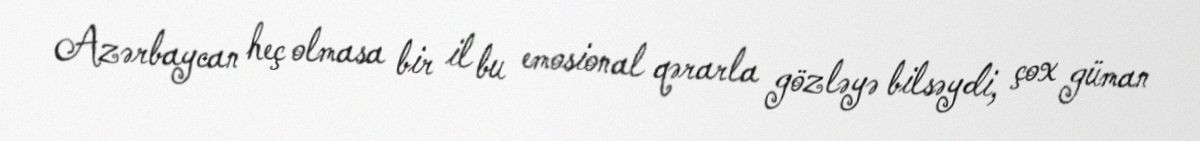
Azərbaycan heç olmasa bir il bu emosional qərarla gözləyə bilsəydi, çox güman